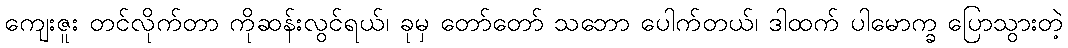
ကျေးဇူး တင်လိုက်တာ ကိုဆန်းလွင်ရယ်၊ ခုမှ တော်တော် သဘော ပေါက်တယ်၊ ဒါထက် ပါမောက္ခ ပြောသွားတဲ့